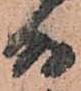
何